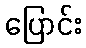
ပြောင်း